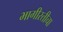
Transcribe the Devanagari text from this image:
भागीरतीचा